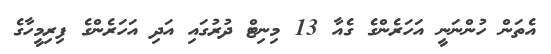
އެތަން ހުންނަނީ އަހަރެންގެ ގެއާ 13 މިނިޓް ދުރުގައި އަދި އަހަރެންގެ ފިރިމީހާގެ